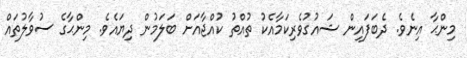
މިންޙާ އިނެވެ. ދެބަފައިން ޝައުގުވެރިކަމާއެކު ތުއްތު ކުއްޖާއަށް ބަލަމުން ދިޔައެވެ. މިންޙާގެ ސުވާލުތައް